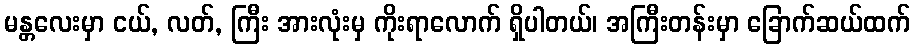
မန္တလေးမှာ ငယ်, လတ်, ကြီး အားလုံးမှ ကိုးရာလောက် ရှိပါတယ်၊ အကြီးတန်းမှာ ခြောက်ဆယ်ထက်